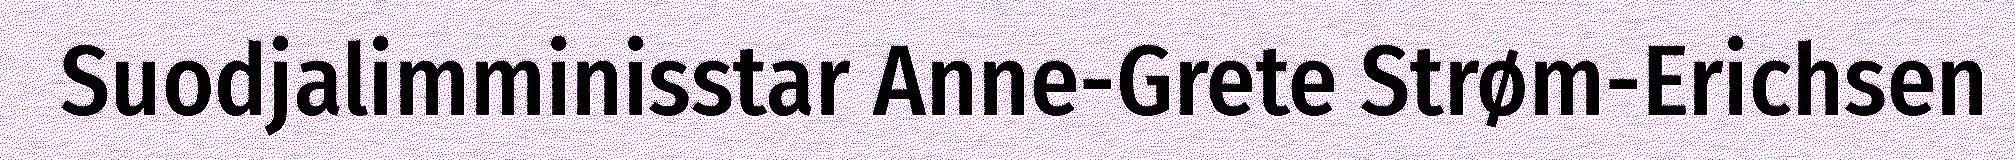
Suodjalimminisstar Anne-Grete Strøm-Erichsen